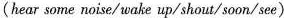
(hear some noise/ wake up/shout/soon/see)